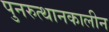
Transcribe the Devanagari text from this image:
पुनरुत्थानकालीन